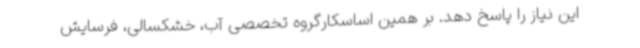
این نیاز را پاسخ دهد. بر همین اساسکارگروه تخصصی آب، خشکسالی، فرسایش